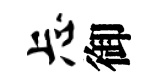
忐御